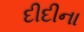
દીદીના